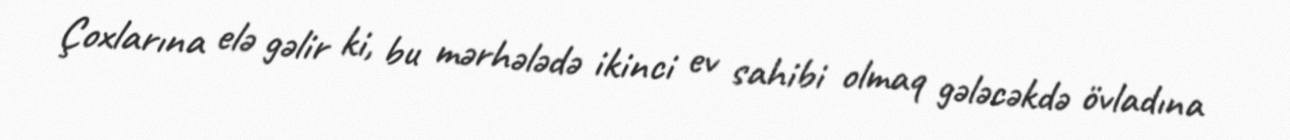
Çoxlarına elə gəlir ki, bu mərhələdə ikinci ev sahibi olmaq gələcəkdə övladına